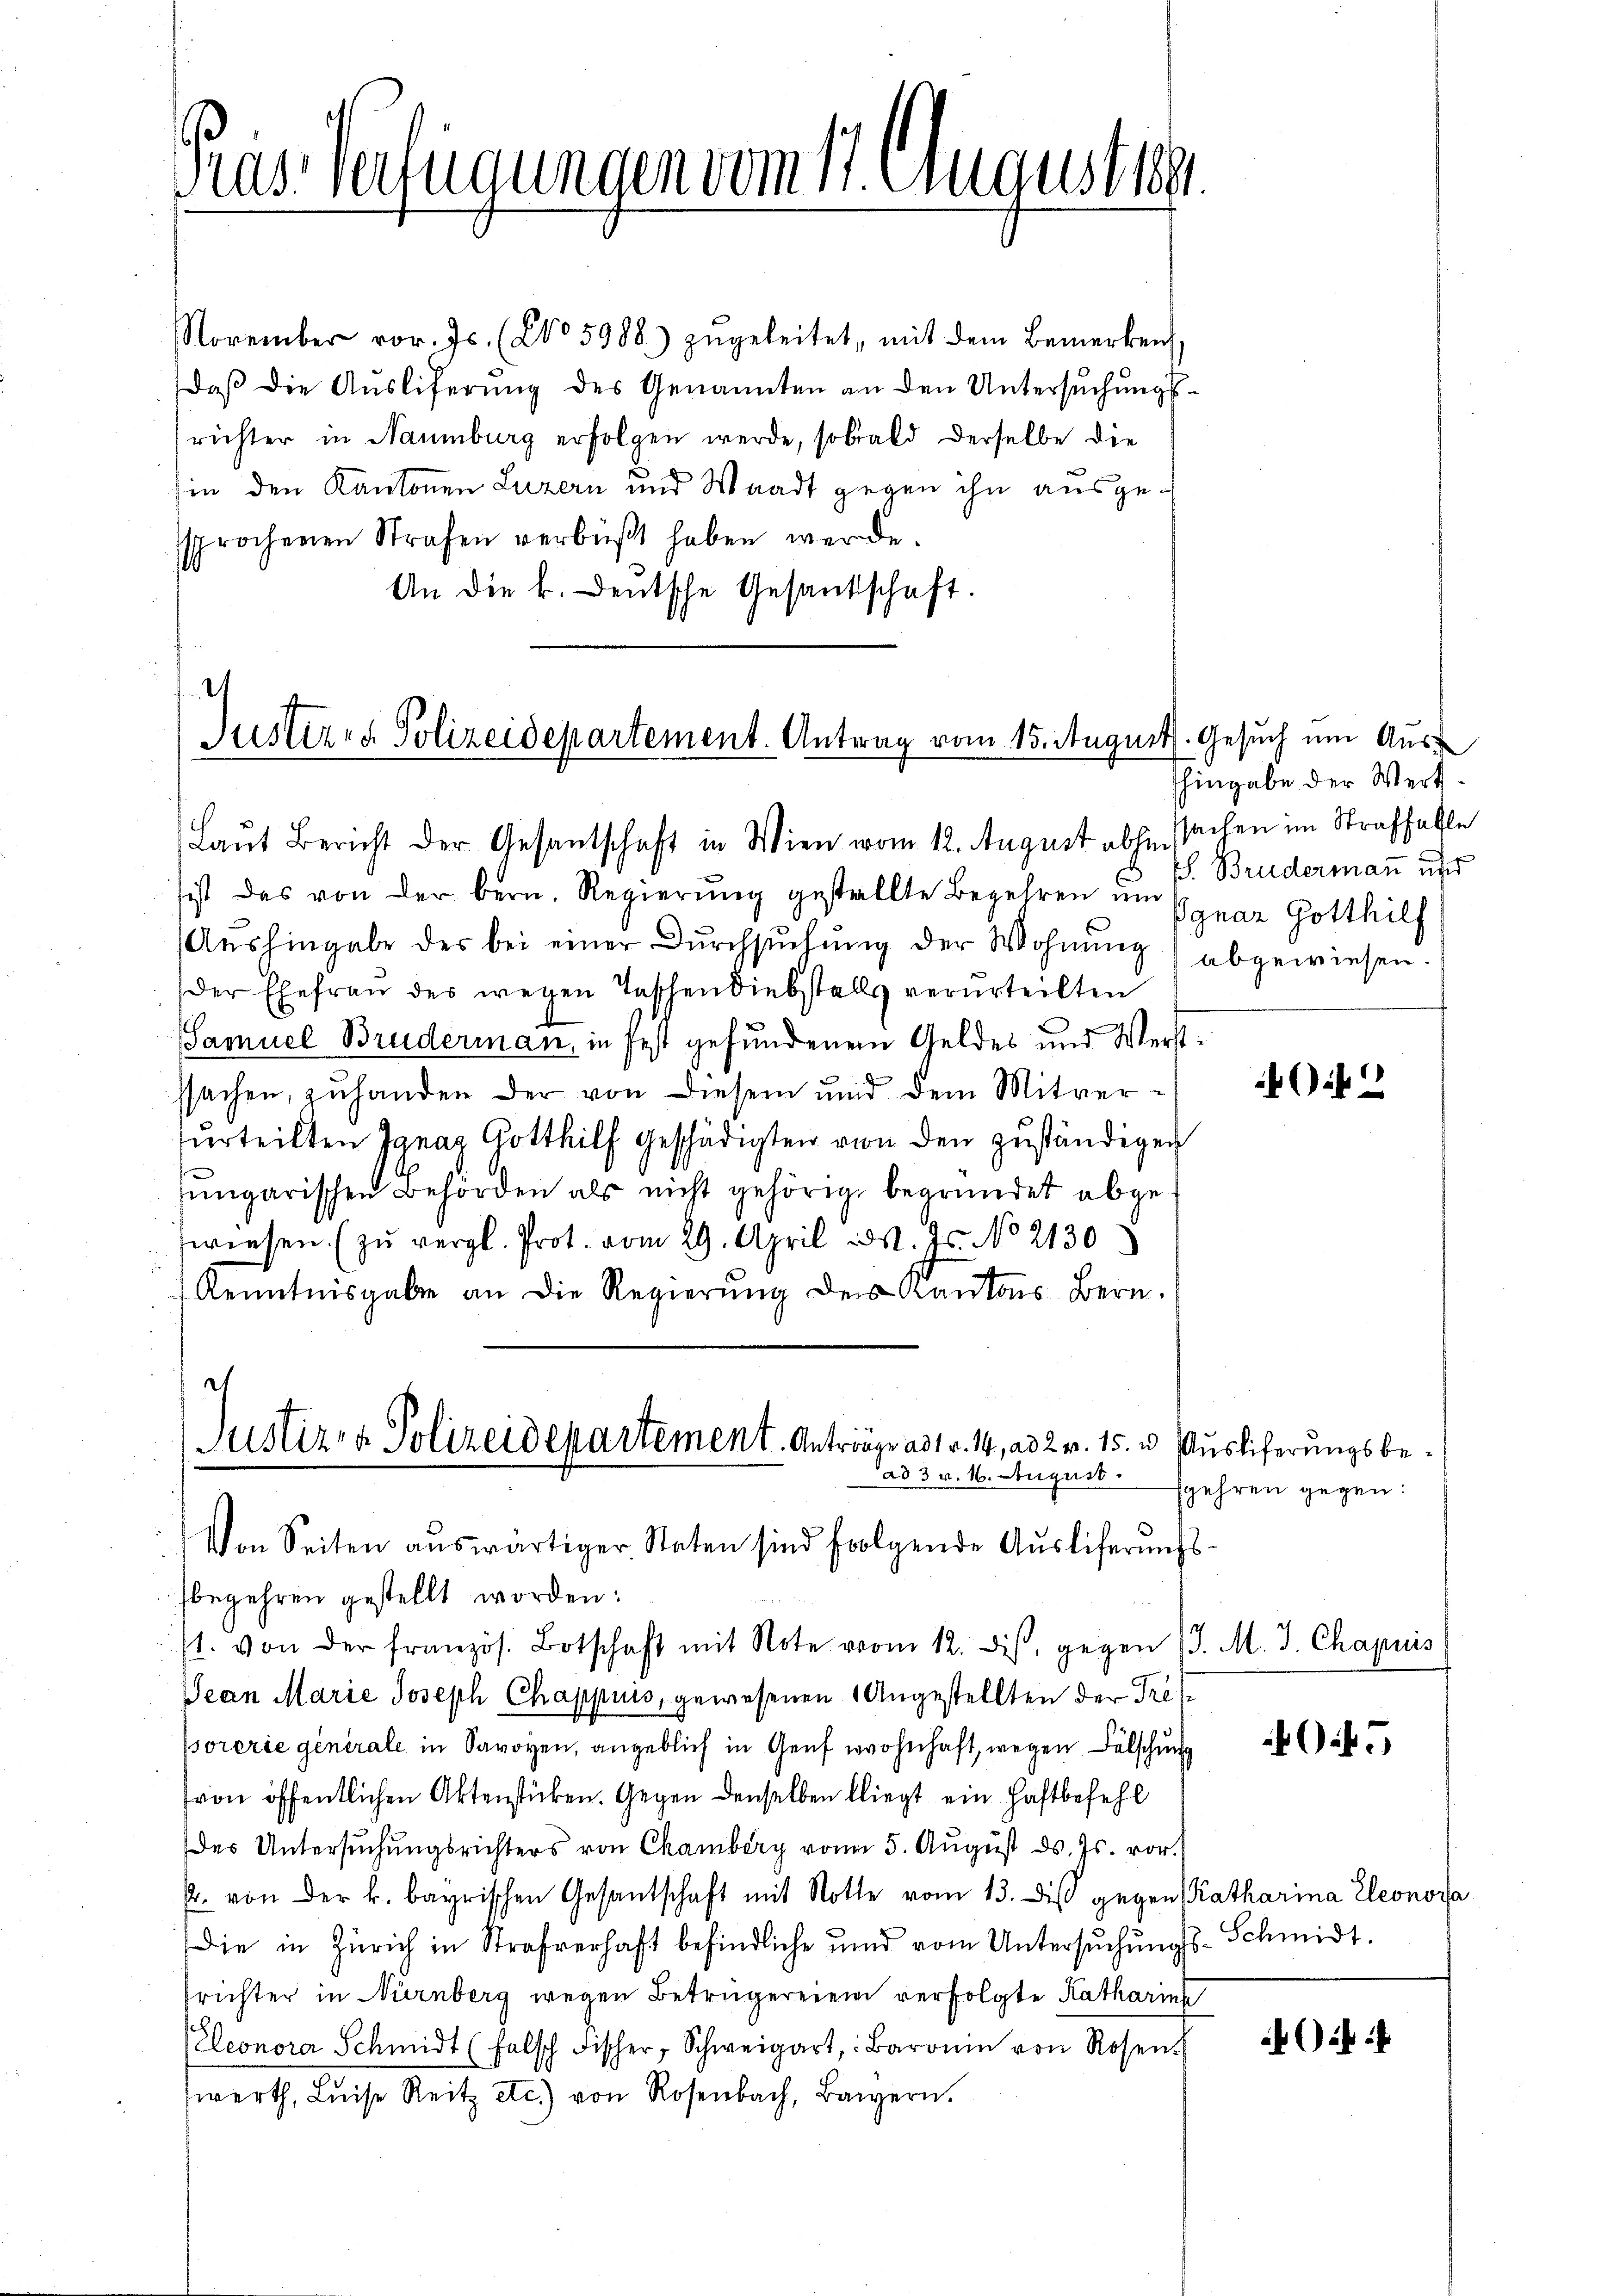
Pras Verfügungen vom 11. August a

November vor. Js. (No 5988) zŭgeleitet, mit dem Bemerken
daß die Ausliferung des Genannten an den Untersuchungsrichter in Naumburg erfolgen werde, sobald derselbe die
in den Kantonen Luzern und Waadt gegen ihn ausgesprochenen Strafen verbüßt haben werde.
An die k. deutsche Gesandschaft.

Justizra Polizeidepartement. Antrag vom 15. August. Gesuch um Aus¬

Justiz- & Polizeidepartement. Anträge ad 1 v. 14, ad 2 v. 15. u. Auslieferungsbead 3 v. 16. August sgehren gegen:
Von Seiten aŭswärtiger Staten sind folgende Aŭsliferŭngs-

sist das von der bern. Regierŭng gestellte Begehren im Ignaz Gotthilf
Aushingabe des bei einer Durchsuchung der Wohnung
der Ehefrau des wegen Taschendiebstalls verurteilten
Samuel Brudermann, in fest gefundenem Geldes und Verst
ssachen, zuhanden der von diesem und dem Mitvertŭrteilten Ignaz Gotthilf geschädigten von den zuständigen
Jungarischen Behörden als nicht gehörig begründet abgefwiesen. (zŭ vergl. Prot. vom 29. April d. Js. No 2130
Kenntnisgabe an die Regierŭng des Kantons Bern.
begehren gestellt worden:
st. von der französ. Botschaft mit Note vom 12. dis, gegen
Jean Marie Joseph Chappuis, gewesenen Angestellten der Tresporerie generale in Savoyen, angeblich in Genf wohnhaft, wegen Fälschung
ron öffentlichen Aktenstücken. Gegen denselben bliegt ein Haftbefehl
des Untersŭchŭngsrichters von Chamberg vom 5. Aŭgŭst ds. Js. vor.
Pr. von der k. bayrischen Gesantschaft mit Notte vom 13. diβ gegen Katharina Eleonora
Die in Zürich in Strafverhaft befindliche und vom Untersŭchŭngs- Schmidt.
frichter in Nürnberg wegen Betrügereien verfolgte Katharins
(Eleonora Schmidt (falsch Fischer, Schweigart,: Baronin von Rosen.
werth, Luise Reitz etc.) von Rosenbach, Baiern.

Laut Bericht der Gesantschaft in Wien vom 12. August abhe Sachen im Straffalle

hingabe der Werk¬
J. Brudermann und
abgewiesen.

t

404

J. M. J. Chapuis

5